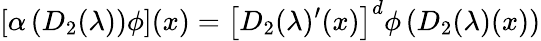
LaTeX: \left[\alpha\left(D_{2}(\lambda)\right)\phi\right](x)=\left[D_{2}(\lambda)^{\prime}(x)\right]^{d}\phi\left(D_{2}(\lambda)(x)\right)